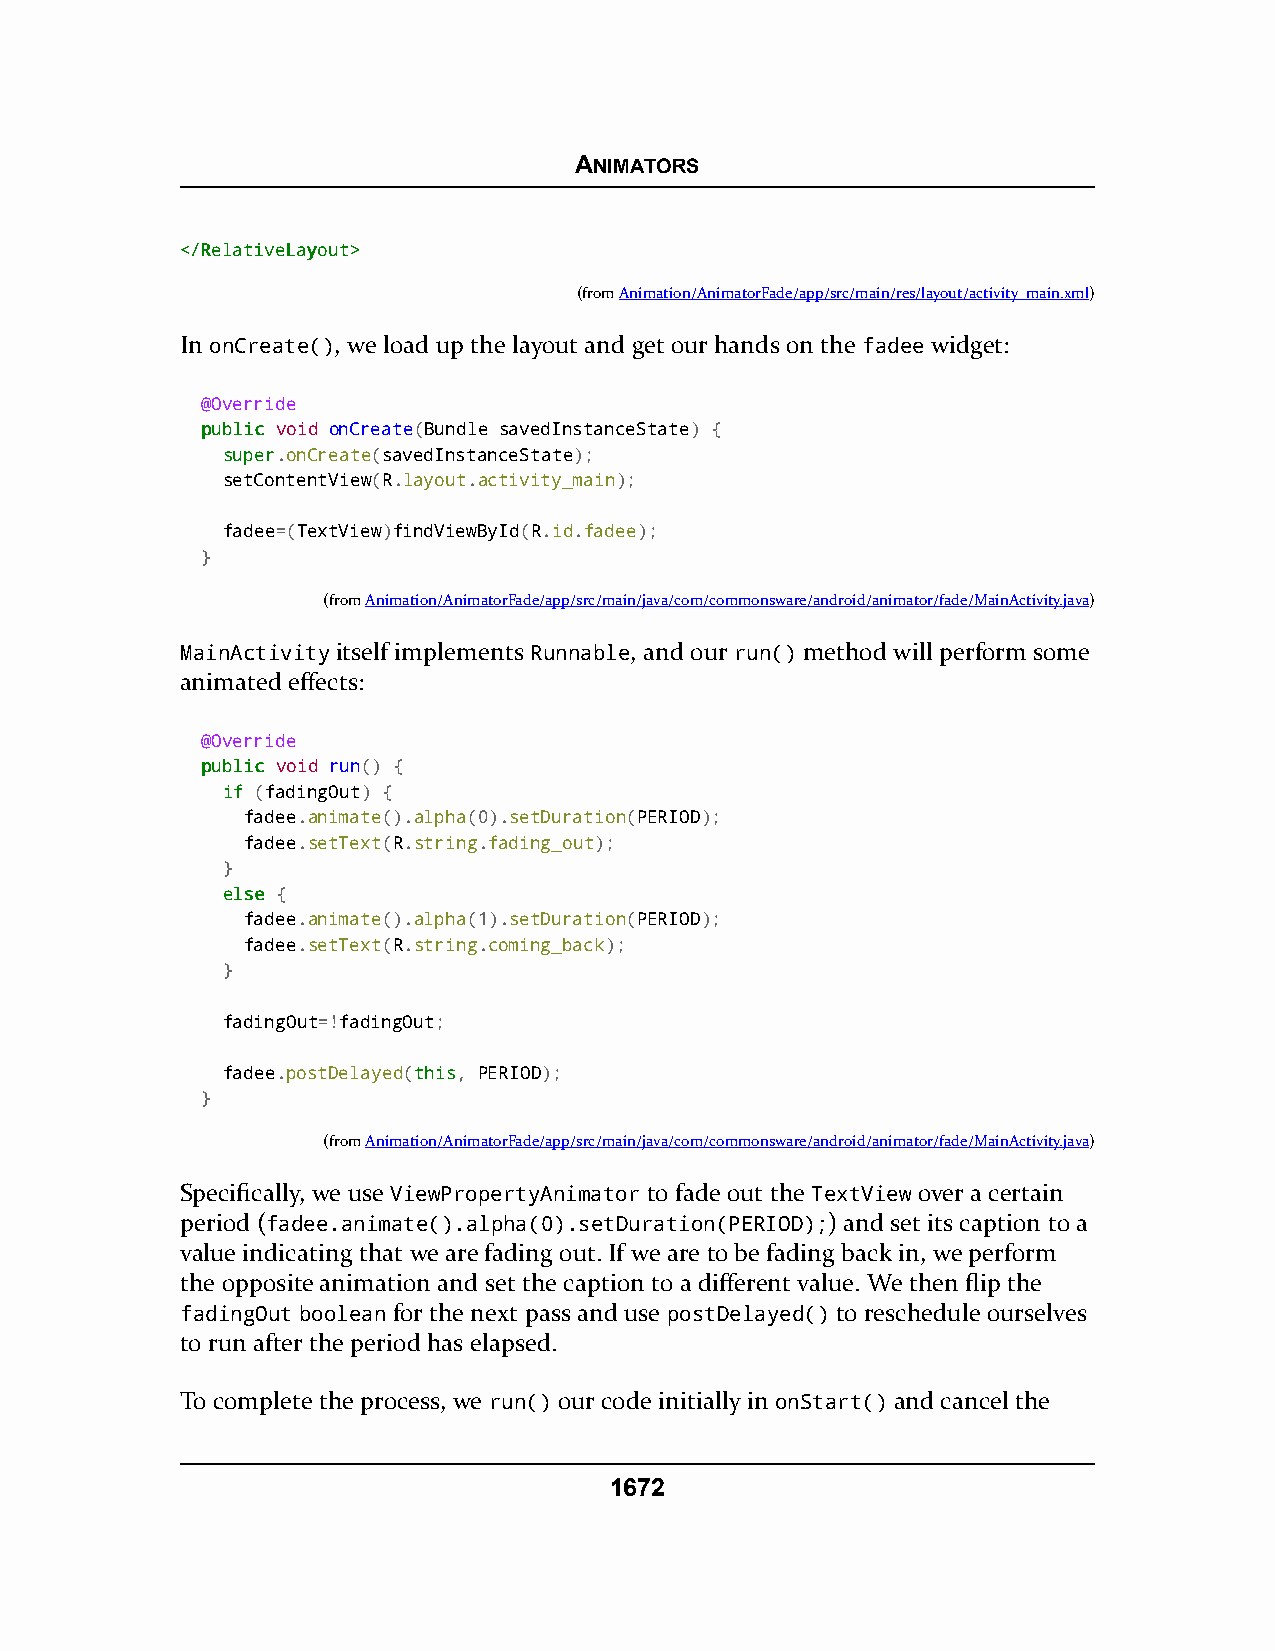
ANIMATORS
 <<//RReellaattiivveeLLaayyoouutt>>
 (fromAnimation/AnimatorFade/app/src/main/res/layout/activity_main.xml)
 In onCreate(), we load up the layout and get our hands on the fadee widget:
 @Override
 ppuubblliicc void onCreate(Bundle savedInstanceState) {
 ssuuppeerr.onCreate(savedInstanceState);
 setContentView(R.layout.activity_main);
 fadee=(TextView)findViewById(R.id.fadee);
 }
 (fromAnimation/AnimatorFade/app/src/main/java/com/commonsware/android/animator/fade/MainActivity.java)
 MainActivity itself implements Runnable, and our run() method will perform some
 animated effects:
 @Override
 ppuubblliicc void run() {
 iiff (fadingOut) {
 fadee.animate().alpha(0).setDuration(PERIOD);
 fadee.setText(R.string.fading_out);
 }
 eellssee {
 fadee.animate().alpha(1).setDuration(PERIOD);
 fadee.setText(R.string.coming_back);
 }
 fadingOut=!fadingOut;
 fadee.postDelayed(tthhiiss, PERIOD);
 }
 (fromAnimation/AnimatorFade/app/src/main/java/com/commonsware/android/animator/fade/MainActivity.java)
 Specifically, we use ViewPropertyAnimator to fade out the TextView over a certain
 period (fadee.animate().alpha(0).setDuration(PERIOD);) and set its caption to a
 value indicating that we are fading out. If we are to be fading back in, we perform
 the opposite animation and set the caption to a different value. We then flip the
 fadingOut boolean for the next pass and use postDelayed() to reschedule ourselves
 to run after the period has elapsed.
 To complete the process, we run() our code initially in onStart() and cancel the
 1672